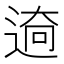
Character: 𮞜